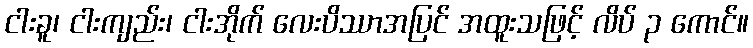
ငါးခူ၊ ငါးကျည်း၊ ငါးအိုက် လေးပိဿာအပြင် အထူးသဖြင့် လိပ် ၃ ကောင်။